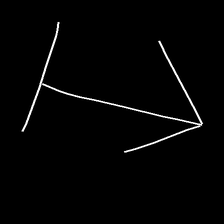
Glyph: levitation